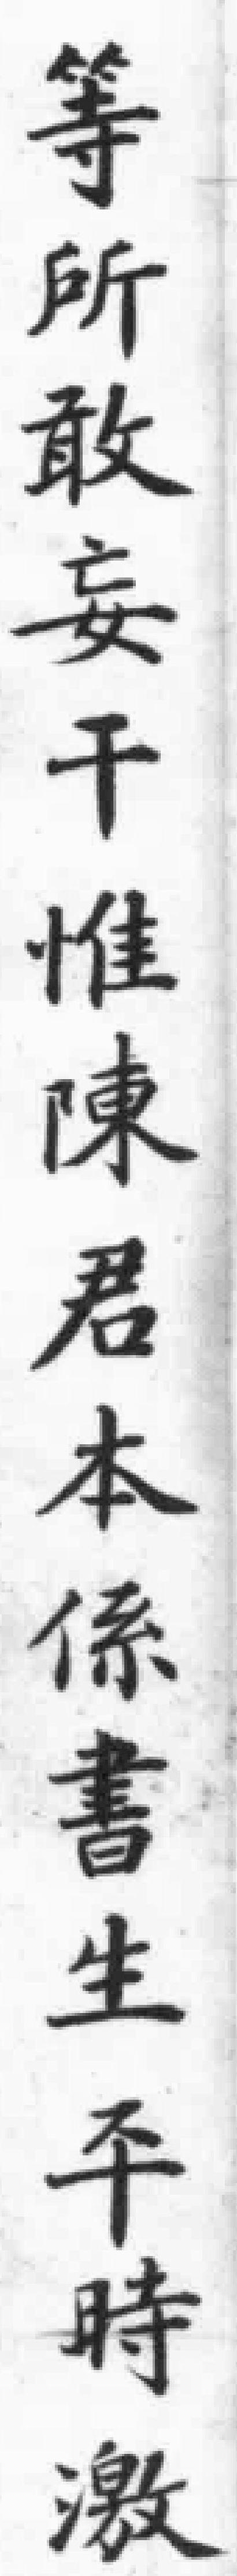
等所敢妄干惟陳君本係書生平時激